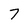
Character: 7